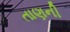
તાણની